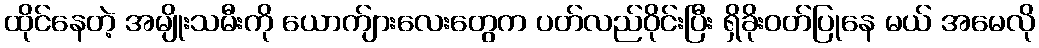
ထိုင်နေတဲ့ အမျိုးသမီးကို ယောက်ျားလေးတွေက ပတ်လည်ဝိုင်းပြီး ရှိခိုးဝတ်ပြုနေ မယ် အမေလို